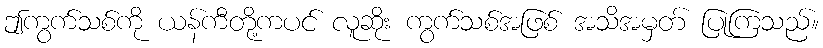
ဤကွက်သစ်ကို ယန်ကီတို့ကပင် လူဆိုး ကွက်သစ်အဖြစ် အသိအမှတ် ပြုကြသည်။